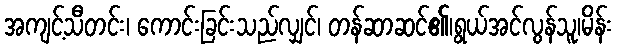
အကျင့်သီတင်း၊ ကောင်းခြင်းသည်လျှင်၊ တန်ဆာဆင်၏၊ရွယ်အင်လွန်သူ၊မိန်း